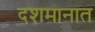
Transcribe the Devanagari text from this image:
दशमानात